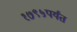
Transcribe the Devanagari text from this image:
१७९५पर्यंत